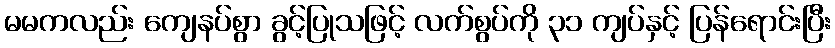
မမကလည်း ကျေနပ်စွာ ခွင့်ပြုသဖြင့် လက်စွပ်ကို ၃၁ ကျပ်နှင့် ပြန်ရောင်းပြီး